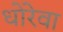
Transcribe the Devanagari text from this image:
धोरेवा